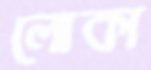
লোকা